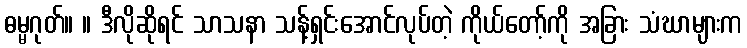
ဓမ္မဂုတ်။ ။ ဒီလိုဆိုရင် သာသနာ သန့်ရှင်းအောင်လုပ်တဲ့ ကိုယ်တော့်ကို အခြား သံဃာများက